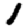
Digit: 1